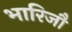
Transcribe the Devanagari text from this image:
भारिजौ